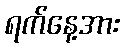
ရက်နေ့အား